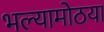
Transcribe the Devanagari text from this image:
भल्यामोठया